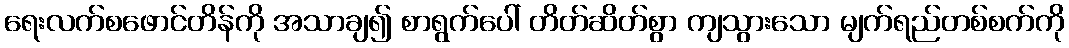
ရေးလက်စဖောင်တိန်ကို အသာချ၍ စာရွက်ပေါ် တိတ်ဆိတ်စွာ ကျသွားသော မျက်ရည်တစ်စက်ကို